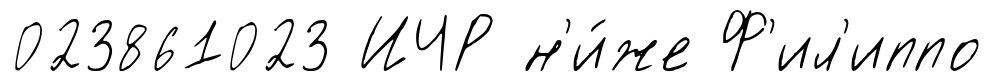
023861023 ИЧР н'и́же Ф'ил'иппо